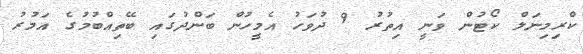
ކްރިމިނަލް ކޯޓުން ވަނީ އިތުރު 9 ދުވަހު އެމީހުން ބަންދުގައި ބޭތިއްބުމުގެ އަމުރު